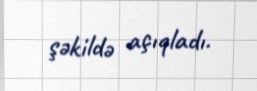
şəkildə açıqladı.